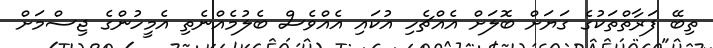
ތިބޭ ފަރާތްތަކުގެ ގަޔަށް ބޮލަށް އެއްޗެހި އުކައި އެއްވެސް ބެލުމެއްނެތި އެމީހުންގެ ޖިސްމަށް